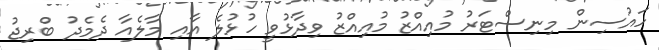
ހައުސިން މިނިސްޓަރު މުއިއްޒު މުއިއްޒު ވިދާޅުވީ ހުޅުލެ އާއި މާލެއާ ދެމެދު ބްރިޖު